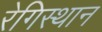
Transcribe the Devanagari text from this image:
रेगिस्थान